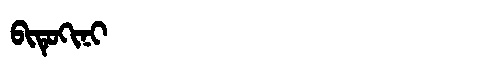
Manchu: ᠪᡳᡨᡠᡴᡳᠨᡳ
Romanization: BITUKINI